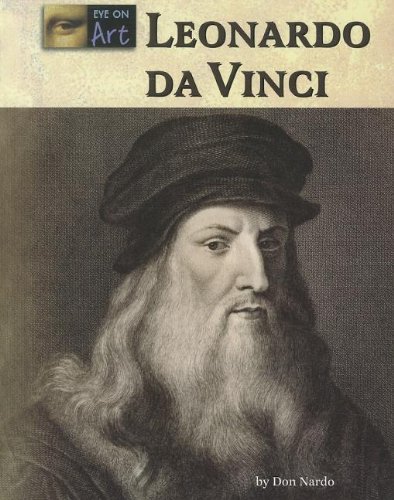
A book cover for Leonardo Da Vinci (Eye On Art); Don Nardo; Teen & Young Adult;